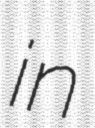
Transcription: in